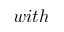
w i t h